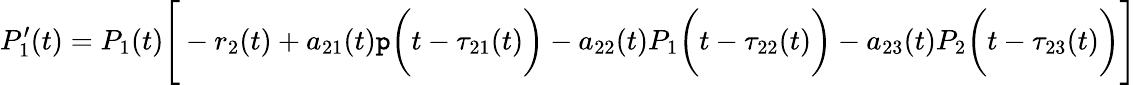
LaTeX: P_{1}^{\prime}(t)=P_{1}(t){\Biggl[}-r_{2}(t)+a_{21}(t)\mathtt{p}{\biggl(}t-\tau_{21}(t){\biggr)}-a_{22}(t)P_{1}{\biggl(}t-\tau_{22}(t){\biggr)}-a_{23}(t)P_{2}{\biggl(}t-\tau_{23}(t){\biggr)}{\Biggr]}